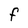
Character: F